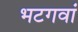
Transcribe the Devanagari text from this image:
भटगवां